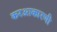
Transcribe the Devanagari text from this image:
करआकारणी